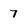
Character: 7